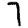
Digit: 7